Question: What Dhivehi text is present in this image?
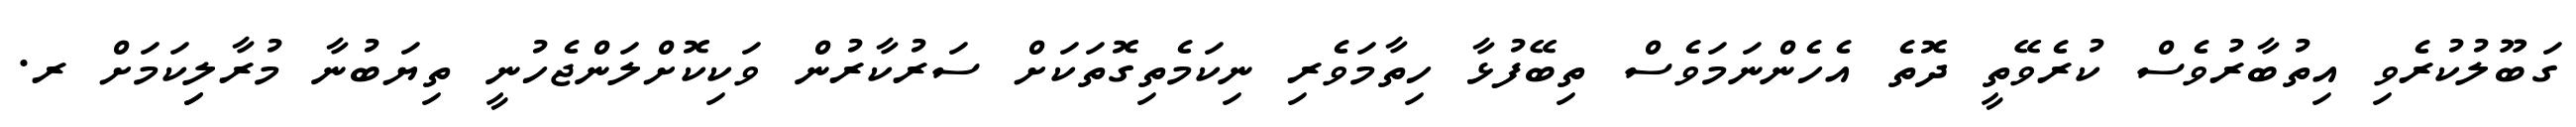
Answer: ގަބޫލުކުރެވި އިތުބާރުވެސް ކުރެވޭތީ ދޮތެ އެހެންނަމަވެސް ތިބޭފުޅާ ހިތާމަވެރި ނިކަމެތިގޮތަކަށް ސަރުކާރުން ވަކިކޮށްލަންޖެހުނީ ތިޔަބުނާ މުރާލިިކަމަށް ރ.